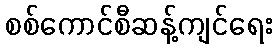
စစ်ကောင်စီဆန့်ကျင်ရေး